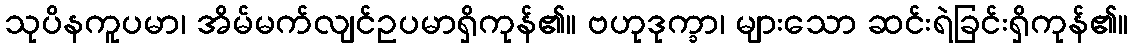
သုပိနကူပမာ၊ အိမ်မက်လျင်ဥပမာရှိကုန်၏။ ဗဟုဒုက္ခာ၊ များသော ဆင်းရဲခြင်းရှိကုန်၏။